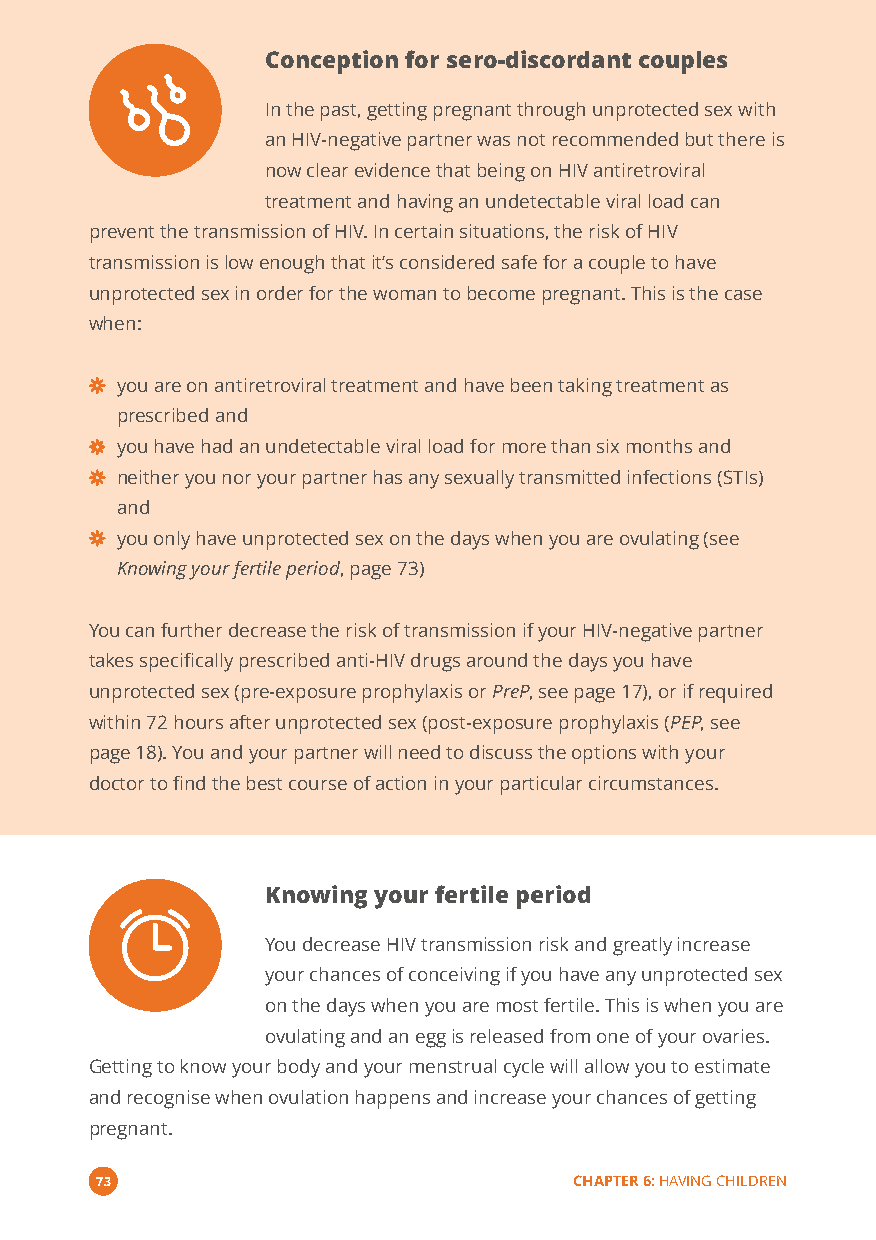
Conception for sero-discordant couples
 In the past, getting pregnant through unprotected sex with
 an HIV-negative partner was not recommended but there is
 now clear evidence that being on HIV antiretroviral
 treatment and having an undetectable viral load can
 prevent the transmission of HIV. In certain situations, the risk of HIV
 transmission is low enough that it’s considered safe for a couple to have
 unprotected sex in order for the woman to become pregnant. This is the case
 when:
 you are on antiretroviral treatment and have been taking treatment as
 prescribed and
 you have had an undetectable viral load for more than six months and
 neither you nor your partner has any sexually transmitted infections (STIs)
 and
 you only have unprotected sex on the days when you are ovulating (see
 Knowing your fertile period, page 73)
 You can further decrease the risk of transmission if your HIV-negative partner
 takes specifically prescribed anti-HIV drugs around the days you have
 unprotected sex (pre-exposure prophylaxis orPreP, see page 17), or if required
 within 72 hours after unprotected sex (post-exposure prophylaxis (PEP, see
 page 18). You and your partner will need to discuss the options with your
 doctor to find the best course of action in your particular circumstances.
 Knowing your fertile period
 You decrease HIV transmission risk and greatly increase
 your chances of conceiving if you have any unprotected sex
 on the days when you are most fertile. This is when you are
 ovulating and an egg is released from one of your ovaries.
 Getting to know your body and your menstrual cycle will allow you to estimate
 and recognise when ovulation happens and increase your chances of getting
 pregnant.
 73                              CHAPTER 6:HAVING CHILDREN